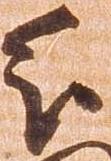
分